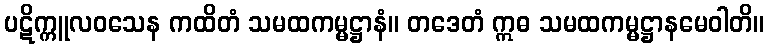
ပဋိက္ကူလဝသေန ကထိတံ သမထကမ္မဋ္ဌာနံ။ တဒေတံ ဣဓ သမထကမ္မဋ္ဌာနမေဝါတိ။